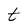
Character: t